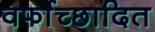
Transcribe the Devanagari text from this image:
वर्फाच्‍छादित